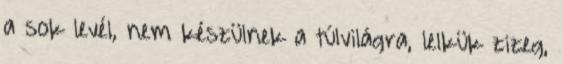
a sok levél, nem készülnek a túlvilágra, lelkük zizeg,